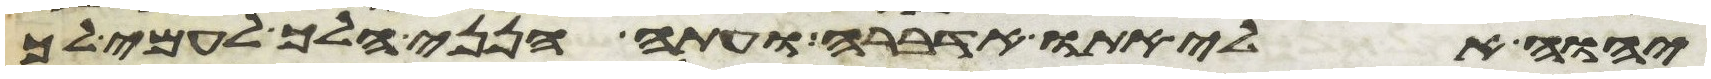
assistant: יהוה אלי אתו אדברה ועתה הנני הלך לעמי לך